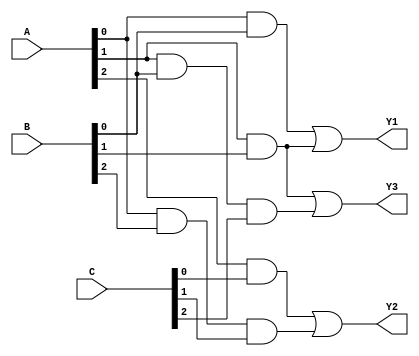
module MaskedPAL (
    input wire [2:0] A,  // 3-bit input vector (A[2:0])
    input wire [2:0] B,  // 3-bit input vector (B[2:0])
    input wire [2:0] C,  // 3-bit input vector (C[2:0])
    output wire Y1,      // Output Y1
    output wire Y2,      // Output Y2
    output wire Y3       // Output Y3
);

// Programmable AND array
wire and_out0, and_out1, and_out2, and_out3, and_out4;

// Example programmable connections for AND gates
assign and_out0 = A[0] & B[0];            // AND gate 0
assign and_out1 = A[1] & B[1];            // AND gate 1
assign and_out2 = A[2] & C[0];            // AND gate 2
assign and_out3 = A[0] & B[2] & C[1];     // AND gate 3
assign and_out4 = A[1] & B[0] & C[2];     // AND gate 4

// Fixed OR array
assign Y1 = and_out0 | and_out1;          // OR gate for output Y1
assign Y2 = and_out2 | and_out3;          // OR gate for output Y2
assign Y3 = and_out1 | and_out4;          // OR gate for output Y3

endmodule